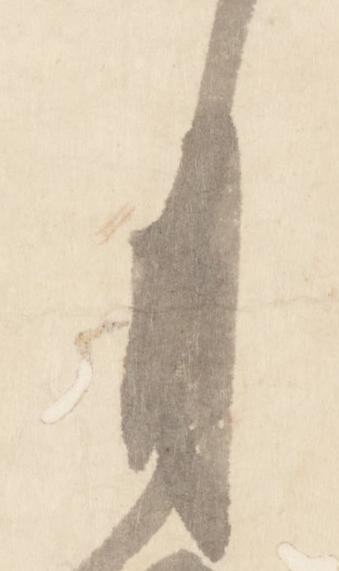
月